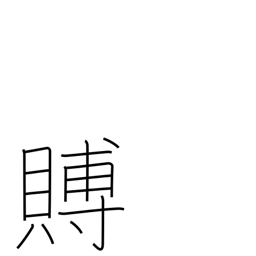
Meaning: condolence gift